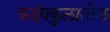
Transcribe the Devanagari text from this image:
कदंबकुलातील